Lunatic asylums Central Provinces reports 1886-1894 - 1886-1894
Year: 1886
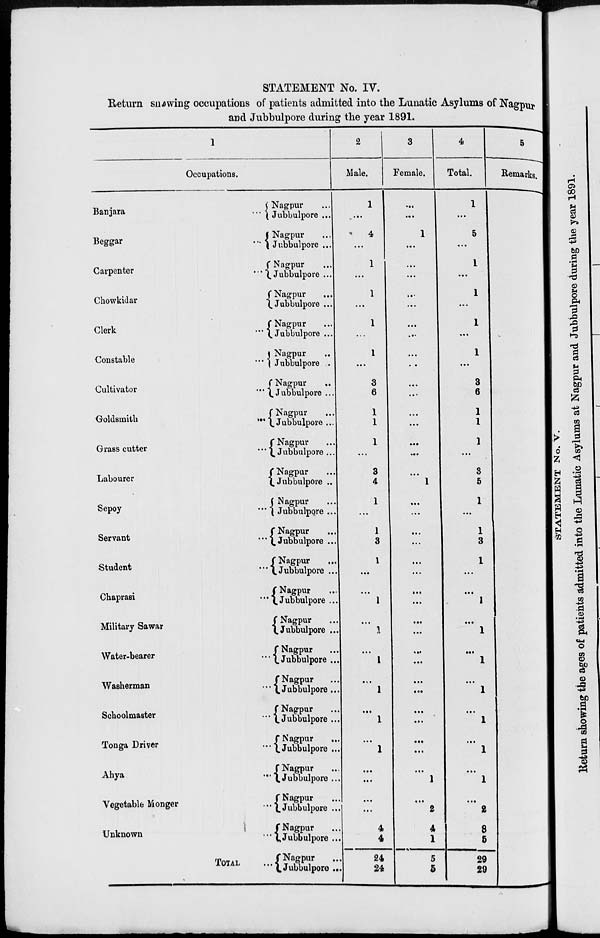
STATEMENT No. IV.
Return showing occupations of patients admitted into the Lunatic Asylums of Nagpur
and Jubbulpore during the year 1891.
1
Occupations.
Banjara
...
Beggar
...
Carpenter
...
Chowkidar
...
Clerk
...
Constable
...
Cultivator ...
Goldsmith
...
Grass cutter ...
Labourer ...
Sepoy ...
Servant ...
Student ...
Chaprasi
...
Military Sawar ...
Water-bearer ...
Washerman ...
Schoolmaster ...
Tonga Driver ...
Ahya ...
Vegetable Monger ...
Unknown ...
TOTAL ...
Nagpur ...
Jubbulpore ...
Nagpur ...
Jubbulpore ...
Nagpur ...
Jubbulpore ...
Nagpur ...
Jubbulpore ...
Nagpur
Jubbulpore ...
Nagpur ...
Jubbulpore ...
Nagpur
...
Jubbulpore ...
Nagpur ...
Jubbulpore ...
Nagpur ...
Jubbulpore ...
Nagpur ...
Jubbulpore ...
Nagpur ...
Jubbulpore ...
Nagpur ...
Jubbulpore ...
Nagpur
Jubbulpore ...
Nagpur
Jubbulpore ...
Nagpur ...
Jubbulpore ...
Nagpur
Jubbulpore ...
Nagpur
Jubbulpore ...
Nagpur ...
Jubbulpore ...
Nagpur ...
Jubbulpore ...
Nagpur
...
Jubbulpore ...
Nagpur ...
Jubbulpore ...
Nagpur ...
Jubbulpore ...
Nagpur
Jubbulpore ...
2
Male.
1
...
4
...
1
...
1
...
1
...
1
...
3
6
1
1
1
...
3
4
1
...
1
3
1
...
...
1
...
1
...
1
...
1
...
1
...
1
...
...
...
...
4
4
24
24
3
Female.
...
...
1
...
...
...
...
...
...
...
...
...
...
...
...
...
...
...
...
1
...
...
...
...
...
...
...
...
...
...
...
...
...
...
...
...
...
...
...
1
...
2
4
1
5
5
4
Total.
1
...
5
...
1
...
1
...
1
...
1
...
3
6
1
1
1
...
3
5
1
...
1
3
1
...
...
1
...
1
...
1
...
1
...
1
...
1
...
1
...
2
8
5
29
29
5
Remarks.